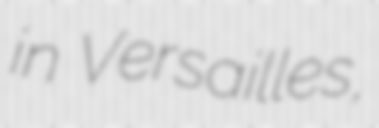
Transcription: in Versailles,